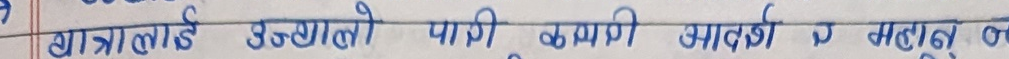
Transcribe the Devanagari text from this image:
श्रात्रालाई उज्ज्वलो पानी कमै आवकी व महत्व ल